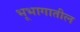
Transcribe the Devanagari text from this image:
भूभागातील